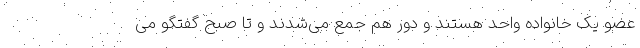
عضو یک خانواده واحد هستند و دور هم جمع می‌شدند و تا صبح گفتگو می‌